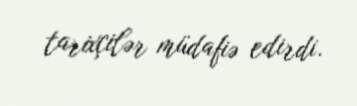
tarixçilər müdafiə edirdi.